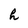
Character: h